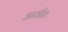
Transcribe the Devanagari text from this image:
अतीतः